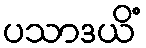
ပသာဒယိံ